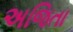
અજિતા